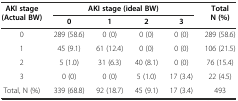
| <ROWSPAN=2> AKI stage (Actual BW) | <COLSPAN=4> AKI stage (ideal BW) | <ROWSPAN=2> Total N (%) |
 | 0 | 1 | 2 | 3 |
 | --- | --- | --- | --- | --- | --- |
 | 0 | 289 (58.6) | 0 (0) | 0 (0) | 0 (0) | 289 (58.6) |
 | 1 | 45 (9.1) | 61 (12.4) | 0 (0) | 0 (0) | 106 (21.5) |
 | 2 | 5 (1.0) | 31 (6.3) | 40 (8.1) | 0 (0) | 76 (15.4) |
 | 3 | 0 (0) | 0 (0) | 5 (1.0) | 17 (3.4) | 22 (4.5) |
 | Total, N (%) | 339 (68.8) | 92 (18.7) | 45 (9.1) | 17 (3.4) | 493 |